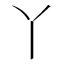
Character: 丫